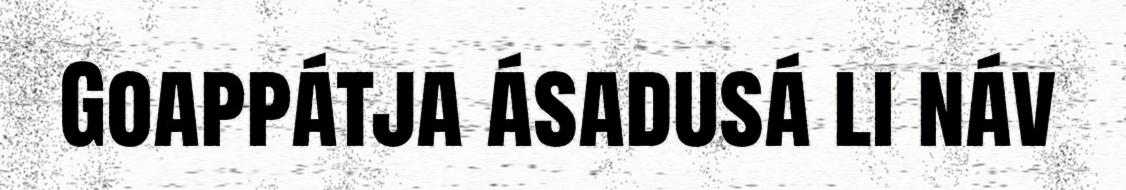
Goappátja ásadusá li náv